Indian journal of veterinary science and animal husbandry - Volume 8,
Year: 1938
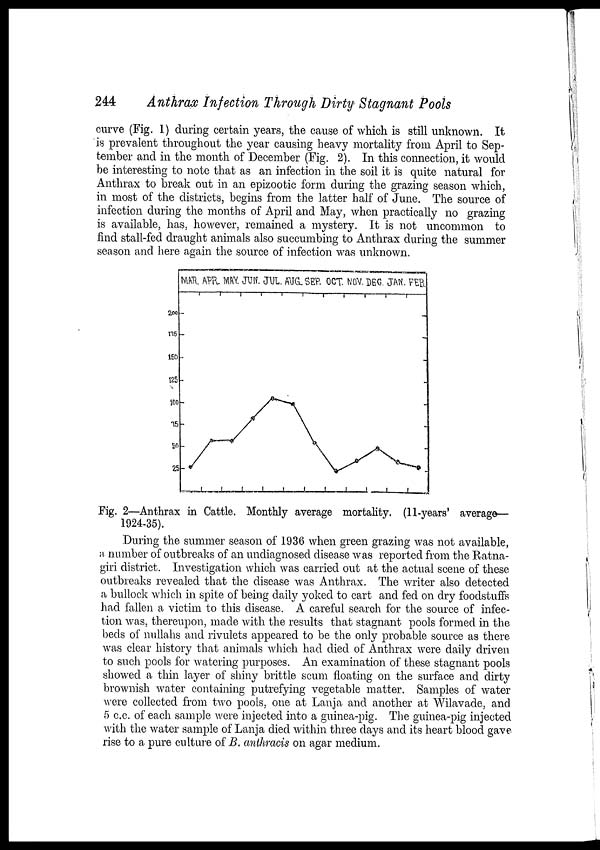
244
Anthrax Infection Through Dirty Stagnant Pools
curve (Fig. 1) during certain years, the cause of which is still unknown. It
is prevalent throughout the year causing heavy mortality from April to Sep-
tember and in the month of December (Fig. 2). In this connection, it would
be interesting to note that as an infection in the soil it is quite natural for
Anthrax to break out in an epizootic form during the grazing season which,
in most of the districts, begins from the latter half of June. The source of
infection during the months of April and May, when practically no grazing
is available, has, however, remained a mystery. It is not uncommon to
find stall-fed draught animals also succumbing to Anthrax during the summer
season and here again the source of infection was unknown.
Fig. 2—Anthrax in Cattle. Monthly average mortality. (11-years' average—
1924-35).
During the summer season of 1936 when green grazing was not available,
a number of outbreaks of an undiagnosed disease was reported from the Ratna-
giri district. Investigation which was carried out at the actual scene of these
outbreaks revealed that the disease was Anthrax. The writer also detected
a bullock which in spite of being daily yoked to cart and fed on dry foodstuffs
had fallen a victim to this disease. A careful search for the source of infec-
tion was, thereupon, made with the results that stagnant pools formed in the
beds of nullahs and rivulets appeared to be the only probable source as there
was clear history that animals which had died of Anthrax were daily driven
to such pools for watering purposes. An examination of these stagnant pools
showed a thin layer of shiny brittle scum floating on the surface and dirty
brownish water containing putrefying vegetable matter. Samples of water
were collected from two pools, one at Lanja and another at Wilavade, and
5 c.c. of each sample were injected into a guinea-pig. The guinea-pig injected
with the water sample of Lanja died within three days and its heart blood gave
rise to a pure culture of B. anthracis on agar medium.